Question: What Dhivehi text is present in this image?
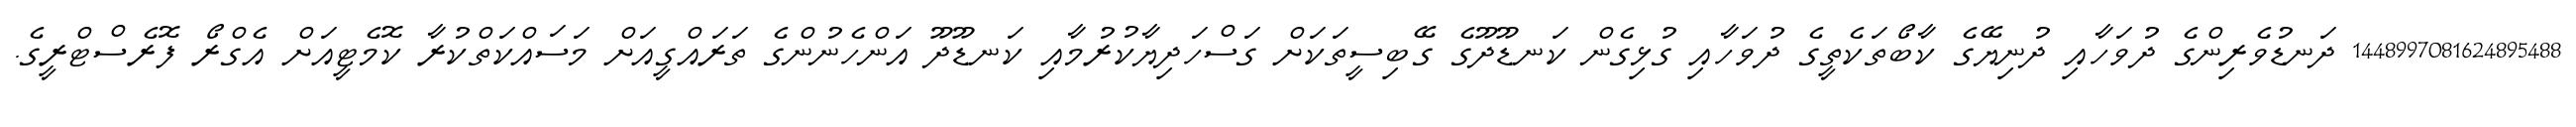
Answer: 1448997081624895488 ދަނޑުވެރިންގެ ދުވަހާއި ދުނިޔޭގެ ކާބޯތަކެތީގެ ދުވަހާއި ގުޅިގެން ކަނޑޫދޫގެ ގޭބިސީތަކަށް ގަސްހަދިޔާކުރުމާއި ކަނޑޫދޫ އަންހެނުންގެ ތަރައްގީއަށް މަސައްކަތްކުރާ ކޮމެޓީއަށް އެގްރޯ ފޮރެސްޓްރީގެ.